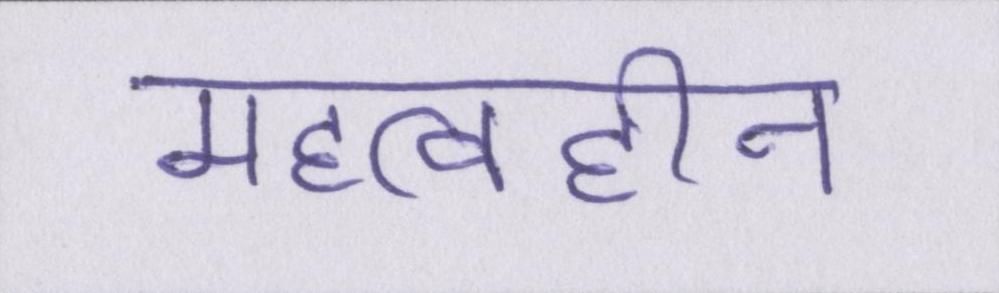
महत्वहीन